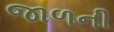
જાળની